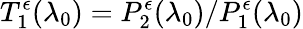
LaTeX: T_{1}^{\epsilon}(\lambda_{0})=P_{2}^{\epsilon}(\lambda_{0})/P_{1}^{\epsilon}(\lambda_{0})